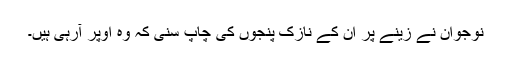
نوجوان نے زینے پر ان کے نازک پنجوں کی چاپ سنی کہ وہ اوپر آرہی ہیں۔